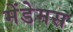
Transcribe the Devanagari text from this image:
मेंडेमस